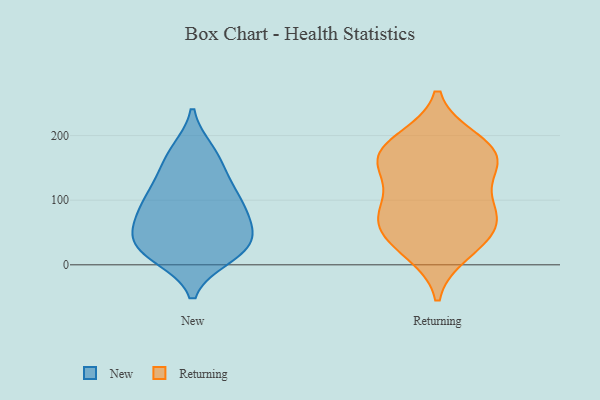
{"axis": {"x": "Backlog", "y": "Value"}, "legend": ["New", "Returning"], "data": [{"x": "", "y": 33, "type": "New"}, {"x": "", "y": 176, "type": "New"}, {"x": "", "y": 70, "type": "New"}, {"x": "", "y": 93, "type": "New"}, {"x": "", "y": 126, "type": "New"}, {"x": "", "y": 13, "type": "New"}, {"x": "", "y": 51, "type": "New"}, {"x": "", "y": 23, "type": "New"}, {"x": "", "y": 26, "type": "New"}, {"x": "", "y": 79, "type": "New"}, {"x": "", "y": 173, "type": "New"}, {"x": "", "y": 151, "type": "New"}, {"x": "", "y": 16, "type": "New"}, {"x": "", "y": 71, "type": "New"}, {"x": "", "y": 39, "type": "New"}, {"x": "", "y": 107, "type": "New"}, {"x": "", "y": 111, "type": "New"}, {"x": "", "y": 186, "type": "Returning"}, {"x": "", "y": 192, "type": "Returning"}, {"x": "", "y": 160, "type": "Returning"}, {"x": "", "y": 91, "type": "Returning"}, {"x": "", "y": 21, "type": "Returning"}, {"x": "", "y": 153, "type": "Returning"}, {"x": "", "y": 158, "type": "Returning"}, {"x": "", "y": 50, "type": "Returning"}, {"x": "", "y": 91, "type": "Returning"}, {"x": "", "y": 77, "type": "Returning"}, {"x": "", "y": 35, "type": "Returning"}, {"x": "", "y": 166, "type": "Returning"}, {"x": "", "y": 66, "type": "Returning"}]}